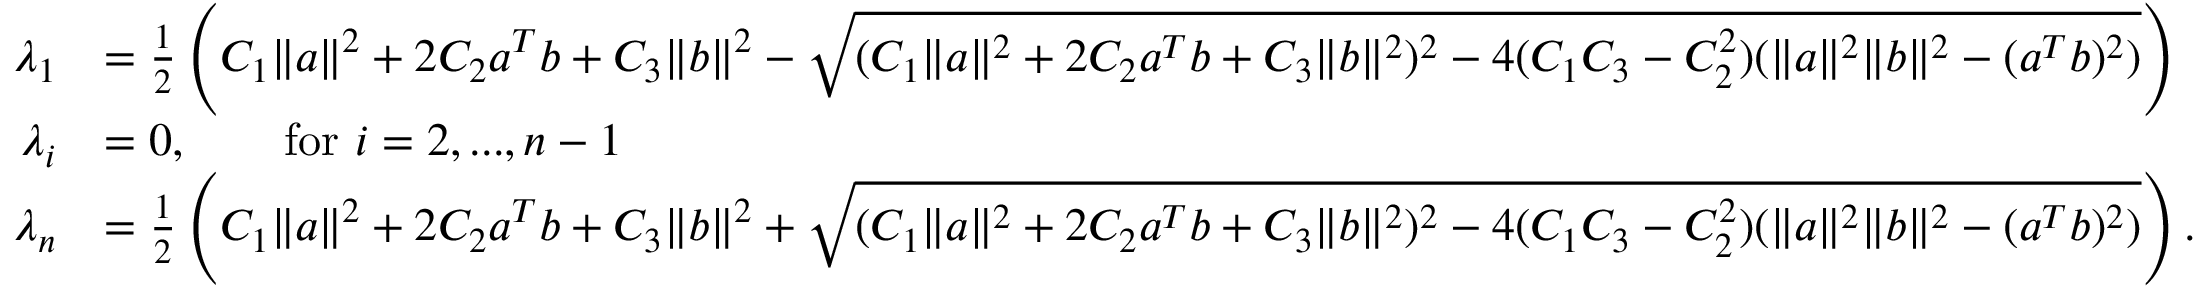
\begin{array} { r l } { \lambda _ { 1 } } & { = \frac { 1 } { 2 } \left( C _ { 1 } \| a \| ^ { 2 } + 2 C _ { 2 } a ^ { T } b + C _ { 3 } \| b \| ^ { 2 } - \sqrt { ( C _ { 1 } \| a \| ^ { 2 } + 2 C _ { 2 } a ^ { T } b + C _ { 3 } \| b \| ^ { 2 } ) ^ { 2 } - 4 ( C _ { 1 } C _ { 3 } - C _ { 2 } ^ { 2 } ) ( \| a \| ^ { 2 } \| b \| ^ { 2 } - ( a ^ { T } b ) ^ { 2 } ) } \right) } \\ { \lambda _ { i } } & { = 0 , \qquad \mathrm { f o r ~ } i = 2 , . . . , n - 1 } \\ { \lambda _ { n } } & { = \frac { 1 } { 2 } \left( C _ { 1 } \| a \| ^ { 2 } + 2 C _ { 2 } a ^ { T } b + C _ { 3 } \| b \| ^ { 2 } + \sqrt { ( C _ { 1 } \| a \| ^ { 2 } + 2 C _ { 2 } a ^ { T } b + C _ { 3 } \| b \| ^ { 2 } ) ^ { 2 } - 4 ( C _ { 1 } C _ { 3 } - C _ { 2 } ^ { 2 } ) ( \| a \| ^ { 2 } \| b \| ^ { 2 } - ( a ^ { T } b ) ^ { 2 } ) } \right) . } \end{array}